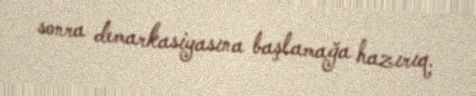
sonra demarkasiyasına başlamağa hazırıq.